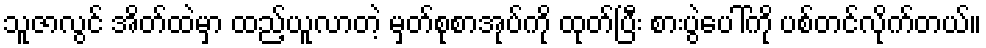
သူဇာလွင် အိတ်ထဲမှာ ထည့်ယူလာတဲ့ မှတ်စုစာအုပ်ကို ထုတ်ပြီး စားပွဲပေါ်ကို ပစ်တင်လိုက်တယ်။